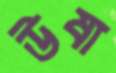
উষা